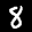
Label: 8